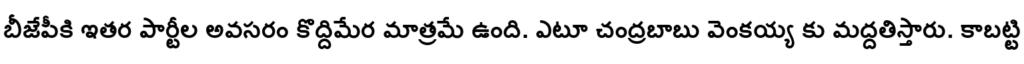
బీజేపీకి ఇతర పార్టీల అవసరం కొద్దిమేర మాత్రమే ఉంది. ఎటూ చంద్రబాబు వెంకయ్య కు మద్దతిస్తారు. కాబట్టి